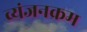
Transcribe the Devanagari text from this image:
व्यंजनक्रम